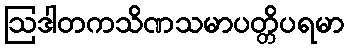
ဩဒါတကသိဏသမာပတ္တိပရမာ